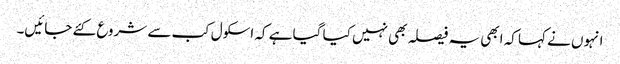
انہوں نے کہا کہ ابھی یہ فیصلہ بھی نہیں کیا گیا ہے کہ اسکول کب سے شروع کئے جائیں۔